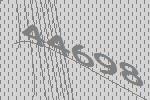
44698